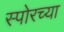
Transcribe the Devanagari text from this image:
स्पोरच्या